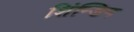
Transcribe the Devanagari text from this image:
शिंन्डिग